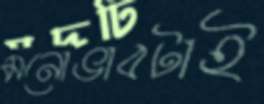
মনোভাবটাই